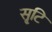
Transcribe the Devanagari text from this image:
सृ्टि